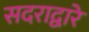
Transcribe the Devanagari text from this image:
सदराद्वारे